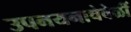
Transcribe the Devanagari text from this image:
उपनयनाचेवेळीं